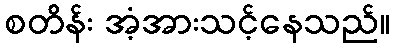
စတိန်း အံ့အားသင့်နေသည်။